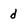
Character: d